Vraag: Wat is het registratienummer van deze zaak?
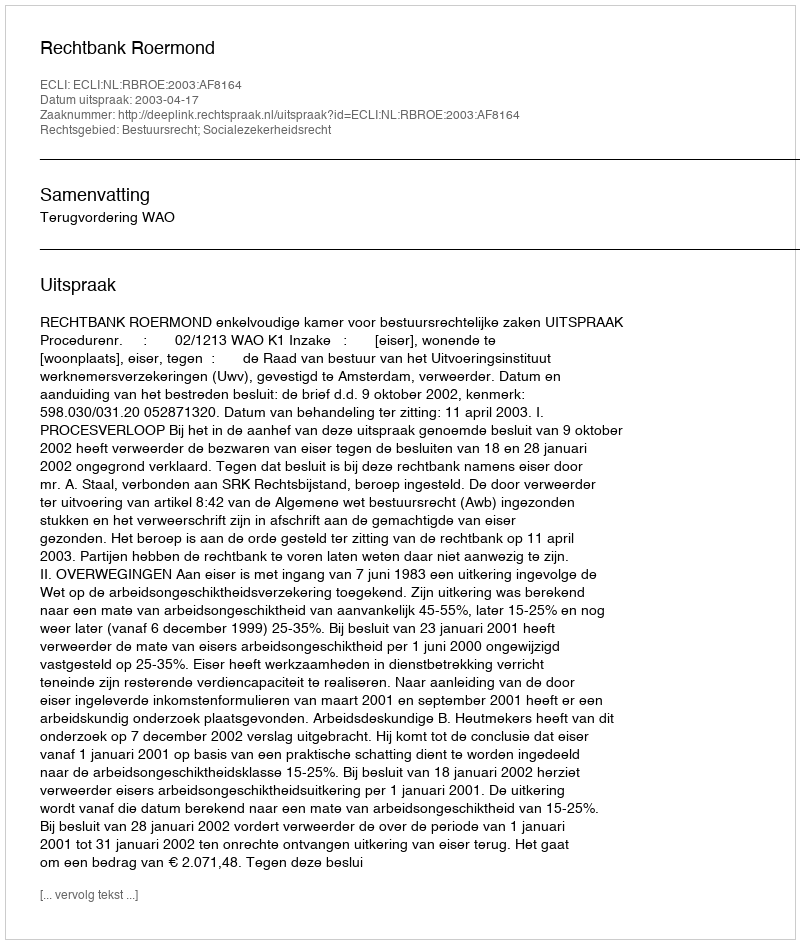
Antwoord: http://deeplink.rechtspraak.nl/uitspraak?id=ECLI:NL:RBROE:2003:AF8164